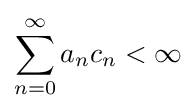
\sum _{n=0}^{\infty }a_{n}c_{n}<\infty